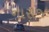
નારાજ